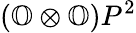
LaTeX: (\mathbb{O}\otimes\mathbb{O})P^{2}